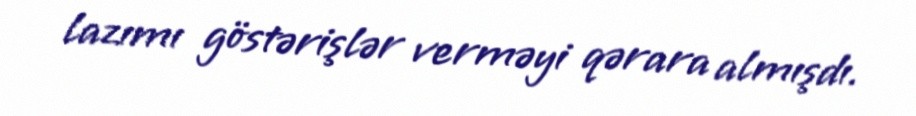
lazımı göstərişlər verməyi qərara almışdı.